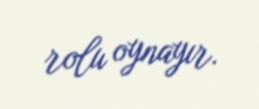
rolu oynayır.